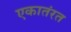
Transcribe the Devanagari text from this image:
एकातंरत